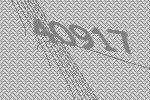
40917